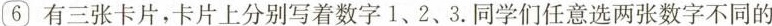
6 有三张卡片，卡片上分别写着数字1、2、3.同学们任意选两张数字不同的